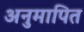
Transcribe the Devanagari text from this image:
अनुमापित